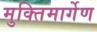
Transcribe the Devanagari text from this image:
मुक्तिमार्गेण